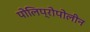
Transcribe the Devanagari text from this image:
पोलिप्रोपोलीन